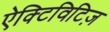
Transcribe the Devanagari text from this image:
ऐक्टिविटिज़